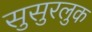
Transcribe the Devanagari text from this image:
सुसुरलुक